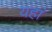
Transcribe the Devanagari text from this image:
यहांं